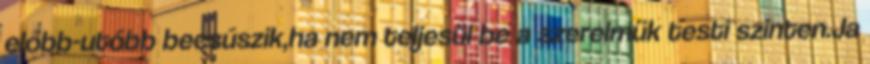
előbb-utóbb becsúszik,ha nem teljesül be a szerelmük testi szinten.Ja